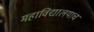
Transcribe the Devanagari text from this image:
महाविद्यालयाच